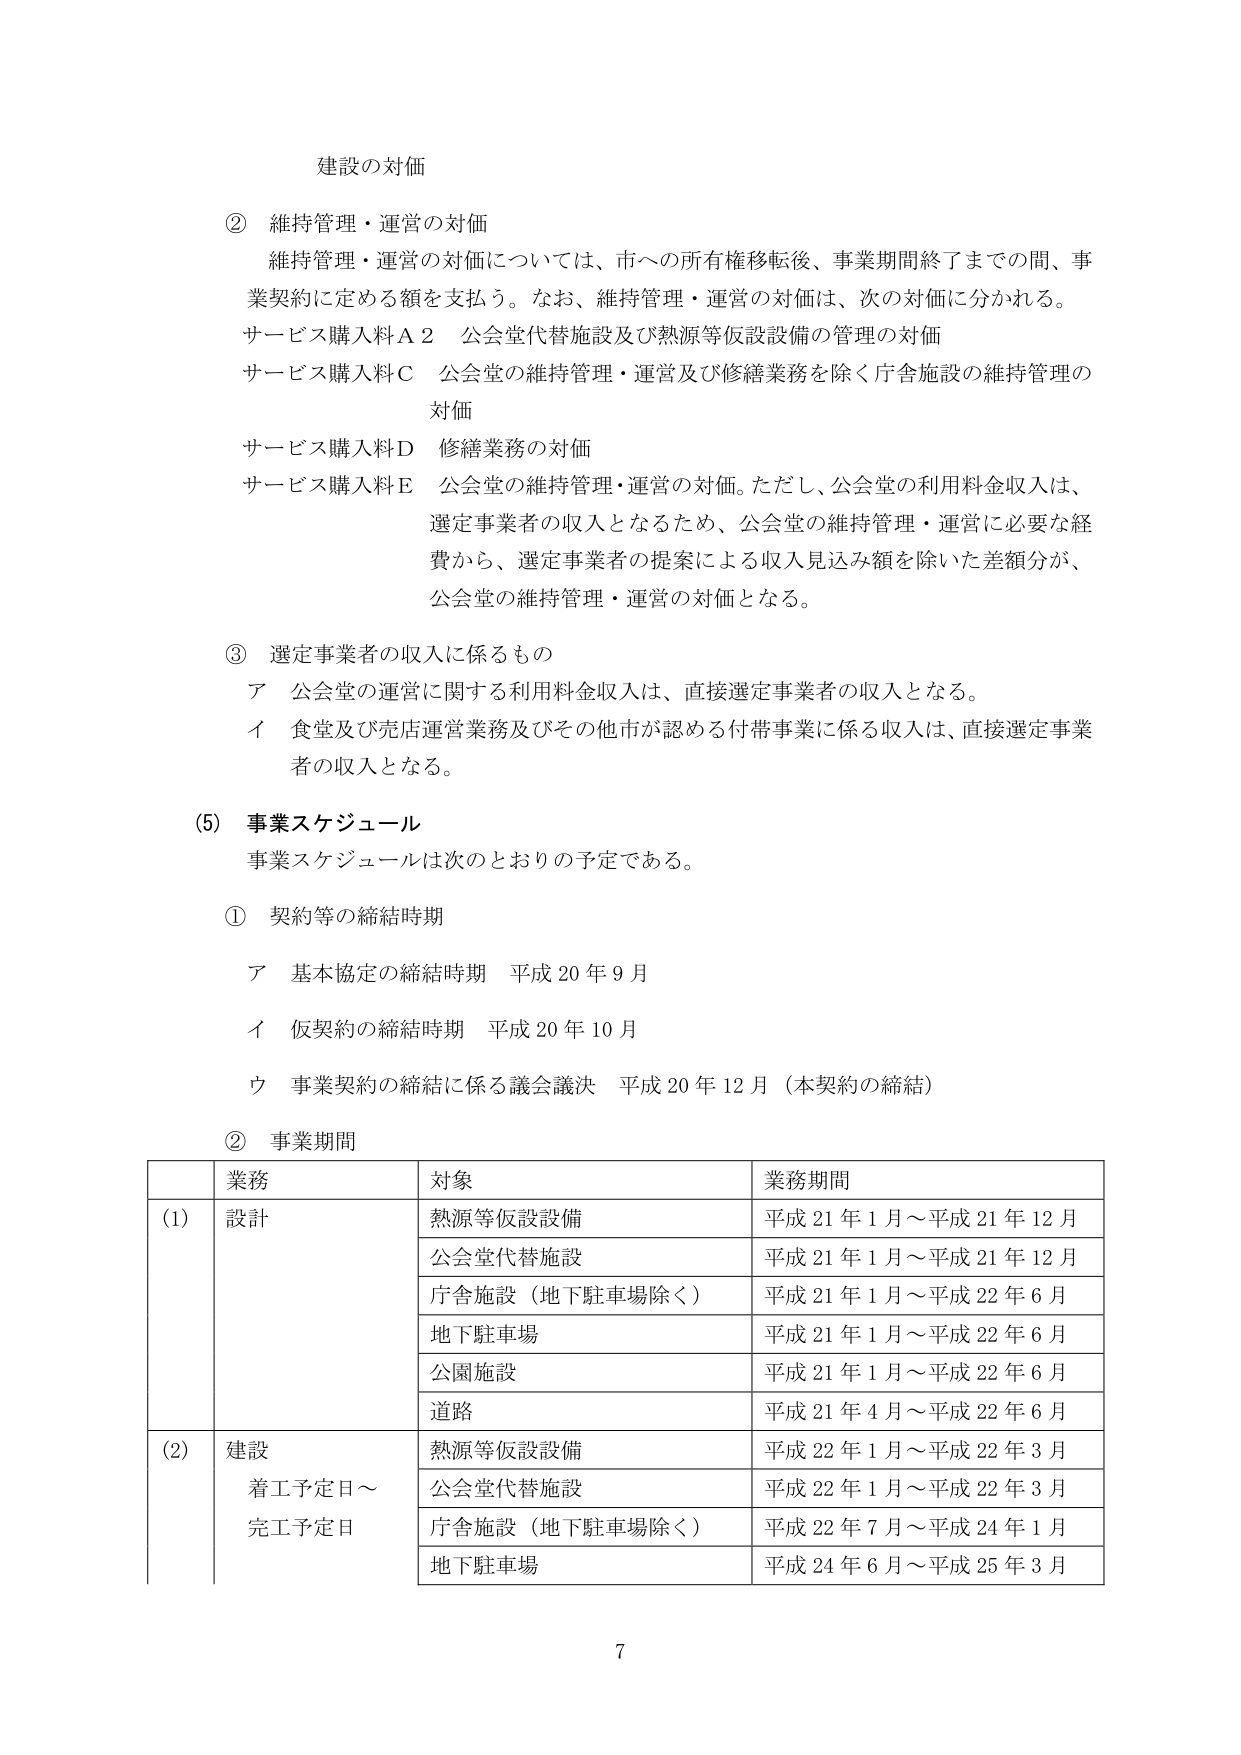
建設の対価

② 維持管理・運営の対価
　維持管理・運営の対価については、市への所有権移転後、事業期間終了までの間、事業契約に定める額を支払う。なお、維持管理・運営の対価は、次の対価に分かれる。
　サービス購入料Ａ２　公会堂代替施設及び熱源等仮設設備の管理の対価
　サービス購入料Ｃ　公会堂の維持管理・運営及び修繕業務を除く庁舎施設の維持管理の対価
　サービス購入料Ｄ　修繕業務の対価
　サービス購入料Ｅ　公会堂の維持管理・運営の対価。ただし、公会堂の利用料金収入は、選定事業者の収入となるため、公会堂の維持管理・運営に必要な経費から、選定事業者の提案による収入見込み額を除いた差額分が、公会堂の維持管理・運営の対価となる。

③ 選定事業者の収入に係るもの
　ア　公会堂の運営に関する利用料金収入は、直接選定事業者の収入となる。
　イ　食堂及び売店運営業務及びその他市が認める付帯事業に係る収入は、直接選定事業者の収入となる。

(5) 事業スケジュール
　事業スケジュールは次のとおりの予定である。

① 契約等の締結時期
　ア　基本協定の締結時期　平成20年9月
　イ　仮契約の締結時期　平成20年10月
　ウ　事業契約の締結に係る議会議決　平成20年12月（本契約の締結）

② 事業期間

| | 業務 | 対象 | 業務期間 |
|---|---|---|---|
| (1) | 設計 | 熱源等仮設設備 | 平成21年1月～平成21年12月 |
| | | 公会堂代替施設 | 平成21年1月～平成21年12月 |
| | | 庁舎施設（地下駐車場除く） | 平成21年1月～平成22年6月 |
| | | 地下駐車場 | 平成21年1月～平成22年6月 |
| | | 公園施設 | 平成21年1月～平成22年6月 |
| | | 道路 | 平成21年4月～平成22年6月 |
| (2) | 建設<br>着工予定日～<br>完工予定日 | 熱源等仮設設備 | 平成22年1月～平成22年3月 |
| | | 公会堂代替施設 | 平成22年1月～平成22年3月 |
| | | 庁舎施設（地下駐車場除く） | 平成22年7月～平成24年1月 |
| | | 地下駐車場 | 平成24年6月～平成25年3月 |

7